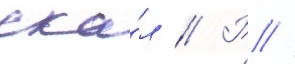
ска́л // Р //